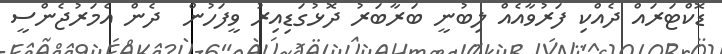
ޑޮކްޓަރައް ދެއްކި ފަރުވާއެއް ލިބުނީ ބަރާބަރު ދޮޅުގަޑިއިރު ވީފަހުން  ދެން އެމަރުޖެންސީ